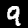
Digit: 9